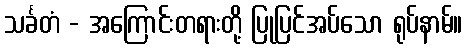
သင်္ခတံ - အကြောင်းတရားတို့ ပြုပြင်အပ်သော ရုပ်နာမ်။